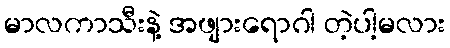
မာလကာသီးနဲ့ အဖျားရောဂါ တဲ့ပါ့မလား